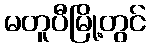
မတူပီမြို့တွင်